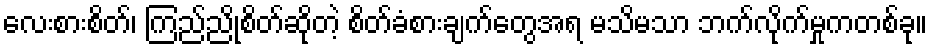
လေးစားစိတ်၊ ကြည်ညိုစိတ်ဆိုတဲ့ စိတ်ခံစားချက်တွေအရ မသိမသာ ဘက်လိုက်မှုကတစ်ခု။